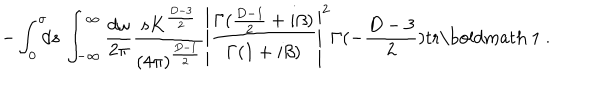
- \int _ { 0 } ^ { \sigma } \! \! \! d s \, \int _ { - \infty } ^ { \infty } \frac { d \omega } { 2 \pi } \frac { s K ^ { \frac { D - 3 } { 2 } } } { ( 4 \pi ) ^ { \frac { D - 1 } { 2 } } } \left| \frac { \Gamma ( \frac { D - 1 } { 2 } + i \beta ) } { \Gamma ( 1 + i \beta ) } \right| ^ { 2 } \Gamma ( - \frac { D - 3 } { 2 } ) \mathrm { t r } \mathrm { \boldmath ~ 1 ~ } .